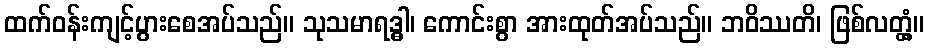
ထက်ဝန်းကျင့်ပွားစေအပ်သည်။ သုသမာရဒ္ဓါ၊ ကောင်းစွာ အားထုတ်အပ်သည်။ ဘဝိဿတိ၊ ဖြစ်လတ္တံ့။